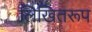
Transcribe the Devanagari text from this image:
लिखितरूप